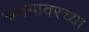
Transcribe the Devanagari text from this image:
अभंगावरच्या